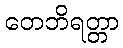
တေဘိရတ္တာ